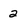
Character: 2